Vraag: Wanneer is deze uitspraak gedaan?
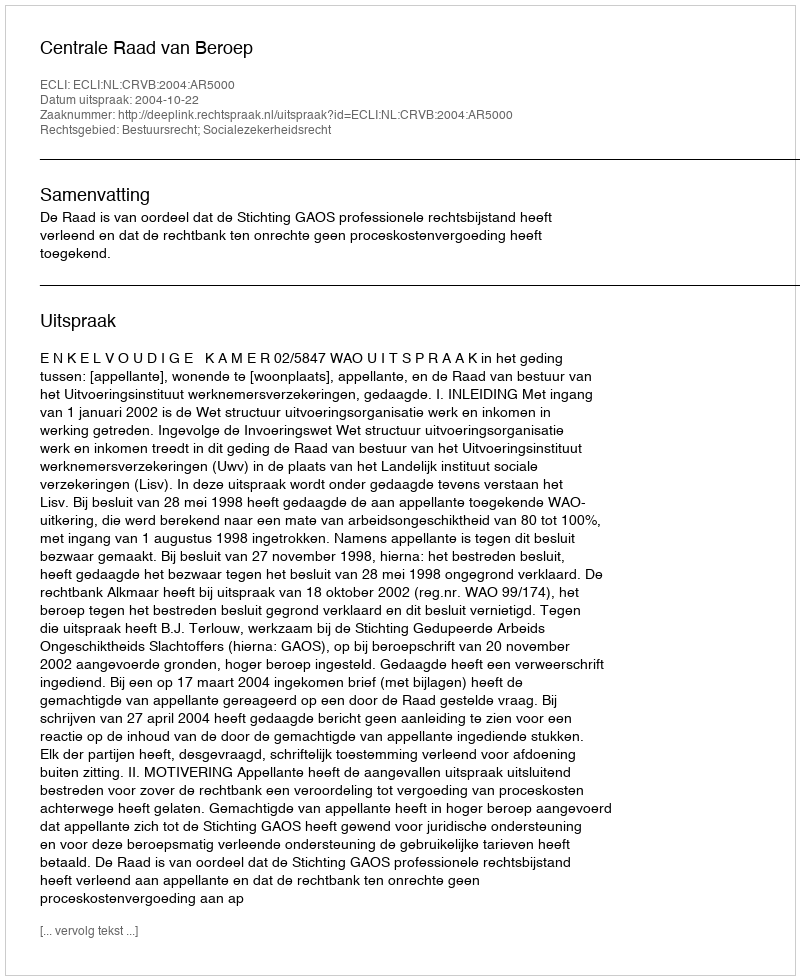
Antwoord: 2004-10-22